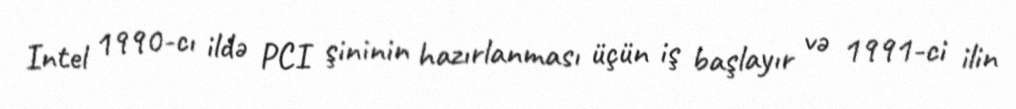
Intel 1990-cı ildə PCI şininin hazırlanması üçün iş başlayır və 1991-ci ilin